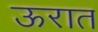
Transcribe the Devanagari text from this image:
ऊरात